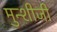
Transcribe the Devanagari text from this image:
मुन्शीजी